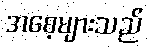
အစေ့များသည်